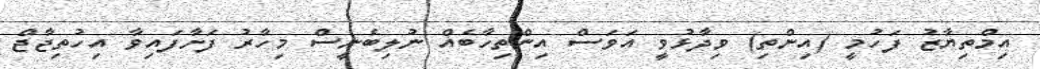
އިމްތިޔާޒު ފަހުމީ (އިންތި) ވިދާޅުވީ އަވަސް އިންތިހާބެއް ނުލިބެނީސް މިހާރު ފަށާފައިވާ އިހުތިޖާޖް